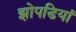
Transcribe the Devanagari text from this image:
झोपडियां